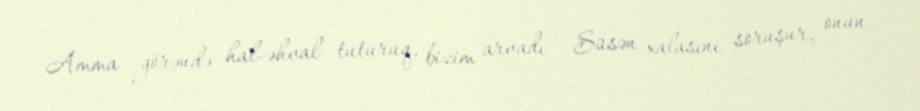
Amma görəndə hal-əhval tuturuq, bizim arvadı - Süsən xalasını soruşur, onun